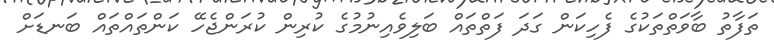
ތަފާތު ބާވަތްތަކުގެ ފެހިކަން ގަދަ ފަތްތައް ބަލިވެއިނުމުގެ ކުރިން ކުރަންޖެހޭ ކަންތައްތައް ބަނޑަށް